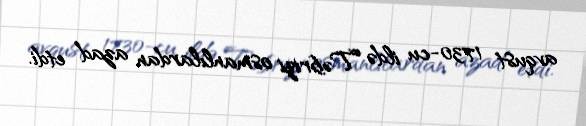
avqust 1730-cu ildə Təbrizi osmanlılardan azad etdi.